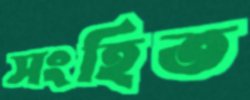
সংহিত